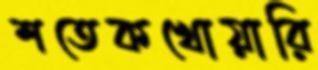
শতেকখোয়ারি